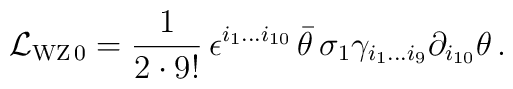
{\cal L}_{{\rm WZ}\,0} = {1\over 2\cdot 9!}\,   \epsilon^{i_1\ldots i_{10}}\,\bar\theta   \,\sigma_1   \gamma_{i_1\ldots i_9}\partial_{i_{10}}\theta \,.